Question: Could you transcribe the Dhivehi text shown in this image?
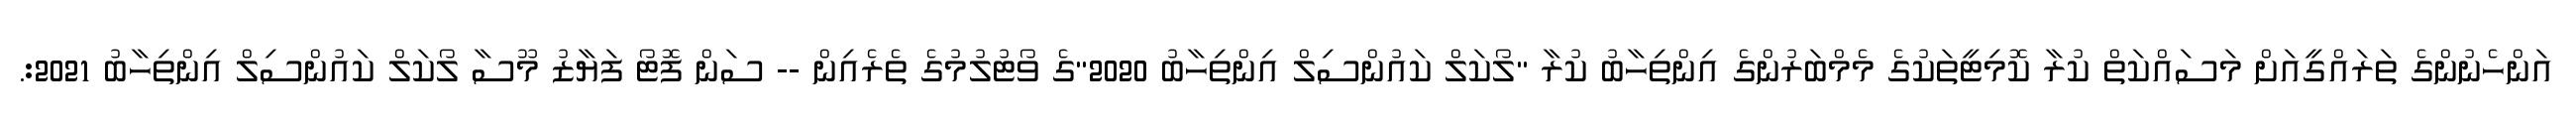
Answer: އަންހެނުންގެ ތަރައްގީއަށް މަސައްކަތް ކުރާ ކޮމިޓީތަކުގެ މެމްބަރުންގެ އިންތިހާބު ކުރާ "ލޯކަލް ކައުންސިލް އިންތިހާބު 2020"ގެ ވޯޓުލުމުގެ ތެރެއިން -- ސަން ފޮޓޯ ފަޔާޒު މޫސާ ލޯކަލް ކައުންސިލް އިންތިހާބު 2021:.